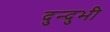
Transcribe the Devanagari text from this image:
दुन्‍दुभी